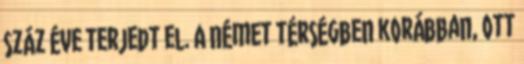
száz éve terjedt el. A német térségben korábban, ott